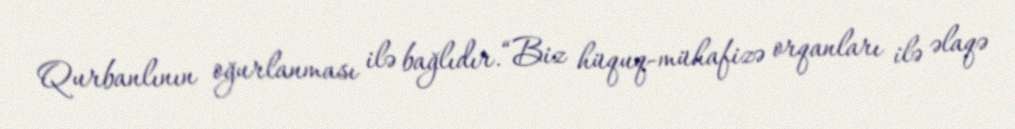
Qurbanlının oğurlanması ilə bağlıdır.“Biz hüquq-mühafizə orqanları ilə əlaqə